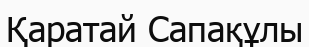
Қаратай Сапақұлы